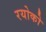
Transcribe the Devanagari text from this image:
रयोको